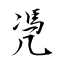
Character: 凴